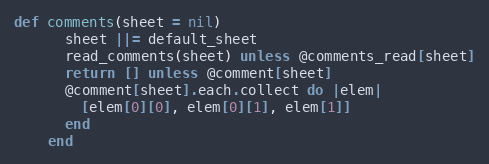
Language: Ruby
def comments(sheet = nil)
      sheet ||= default_sheet
      read_comments(sheet) unless @comments_read[sheet]
      return [] unless @comment[sheet]
      @comment[sheet].each.collect do |elem|
        [elem[0][0], elem[0][1], elem[1]]
      end
    end